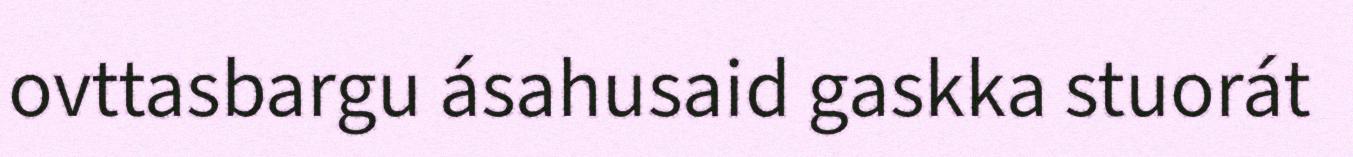
ovttasbargu ásahusaid gaskka stuorát